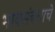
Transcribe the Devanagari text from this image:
भावसंबंधाचे